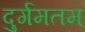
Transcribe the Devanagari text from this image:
दुर्गमतम्